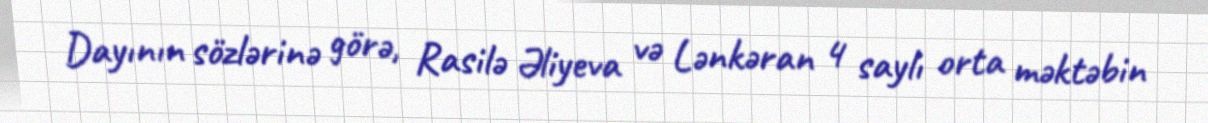
Dayının sözlərinə görə, Rasilə Əliyeva və Lənkəran 4 saylı orta məktəbin